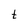
Character: t